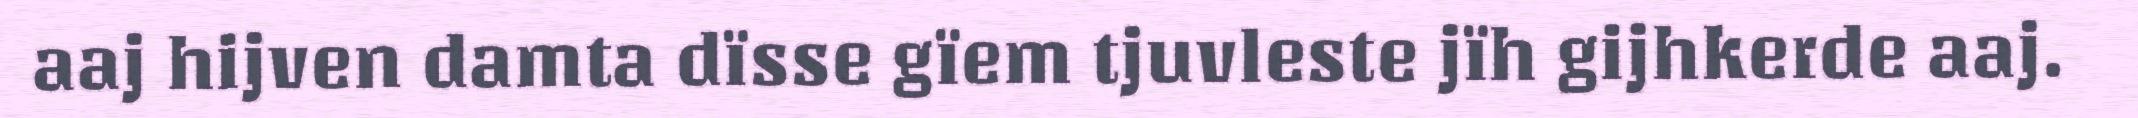
aaj hijven damta dïsse gïem tjuvleste jïh gijhkerde aaj.